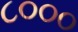
૮૦૦૦